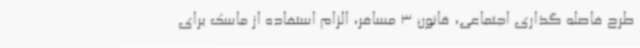
طرح فاصله گذاری اجتماعی، قانون 3 مسافر، الزام استفاده از ماسک برای